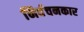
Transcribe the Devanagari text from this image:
निर्वचनकार